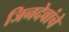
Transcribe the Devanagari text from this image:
जिनदेवांचे